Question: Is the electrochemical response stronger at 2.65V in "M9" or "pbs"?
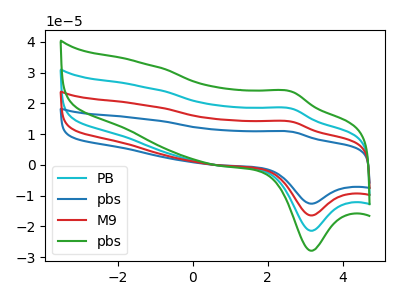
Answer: <think>The cyan curve "PB" has an anodic peak at (2.65V, 18.25uA) and a cathodic peak at (3.15V, -21.45uA). The blue curve "pbs" has an anodic peak at (2.65V, 54.70uA) and a cathodic peak at (3.15V, -64.35uA). The red curve "M9" has an anodic peak at (2.65V, 36.50uA) and a cathodic peak at (3.15V, -42.90uA). The green curve "pbs" has an anodic peak at (2.65V, 23.75uA) and a cathodic peak at (3.15V, -27.95uA).</think>
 <answer>The peak at 2.65V is higher in "M9" than in "pbs".</answer>
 <eval>higher</eval>